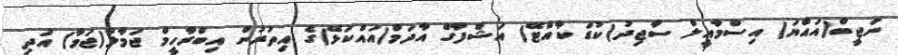
ނަޖީބް(އައްޔަ) އިސްމާއީލް ސާޖިދު(ކުޑަ ކާއްޓޭ) އަޝްފާގް އާދަމް(އައްކަޅޭ)ގެ އިތުރުން އިބްރާހީމް ޖަމާލް(ޖަމާ) އަދި